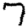
Digit: 7